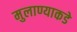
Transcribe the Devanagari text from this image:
मुलाण्याकडे